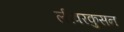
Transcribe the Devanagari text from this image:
लीवरकुसन